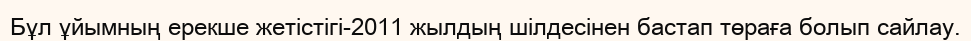
Бұл ұйымның ерекше жетістігі-2011 жылдың шілдесінен бастап төраға болып сайлау.